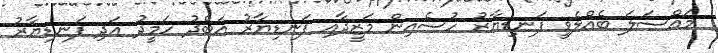
މައްސަލަ ބެއްލެވީ ފަނޑިޔާރު ހުސެއިން މަޒީދާއި ފަނޑިޔާރު އަބްދު ހަމީދު އަދި ފަނޑިޔާރު